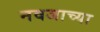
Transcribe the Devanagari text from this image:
नवजाच्या